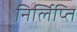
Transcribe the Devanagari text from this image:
निर्लिप्ति